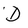
Character: D